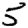
Digit: 5